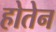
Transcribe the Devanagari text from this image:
होतेन